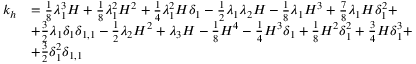
\begin{array} { r l } { k _ { h } } & { = \frac { 1 } { 8 } \lambda _ { 1 } ^ { 3 } H + \frac { 1 } { 8 } \lambda _ { 1 } ^ { 2 } H ^ { 2 } + \frac { 1 } { 4 } \lambda _ { 1 } ^ { 2 } H \delta _ { 1 } - \frac { 1 } { 2 } \lambda _ { 1 } \lambda _ { 2 } H - \frac { 1 } { 8 } \lambda _ { 1 } H ^ { 3 } + \frac { 7 } { 8 } \lambda _ { 1 } H \delta _ { 1 } ^ { 2 } + } \\ & { + \frac { 3 } { 2 } \lambda _ { 1 } \delta _ { 1 } \delta _ { 1 , 1 } - \frac { 1 } { 2 } \lambda _ { 2 } H ^ { 2 } + \lambda _ { 3 } H - \frac { 1 } { 8 } H ^ { 4 } - \frac { 1 } { 4 } H ^ { 3 } \delta _ { 1 } + \frac { 1 } { 8 } H ^ { 2 } \delta _ { 1 } ^ { 2 } + \frac { 3 } { 4 } H \delta _ { 1 } ^ { 3 } + } \\ & { + \frac { 3 } { 2 } \delta _ { 1 } ^ { 2 } \delta _ { 1 , 1 } } \end{array}